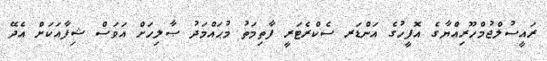
ރައީސުލްޖުމްހޫރިއްޔާގެ އޮފީހުގެ އަންޑަރ ސެކްރެޓަރީ ފާތިމަތު މުޙައްމަދު ޞާލިހަށް އަވަސް ޝިފާއަކަށް އެދޭ